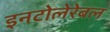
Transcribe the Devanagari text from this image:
इनटोलेरेबल